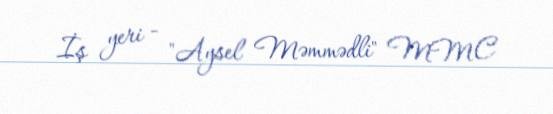
İş yeri - "Aysel Məmmədli" MMC